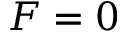
F = 0